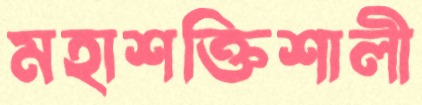
মহাশক্তিশালী